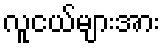
လူငယ်များအား